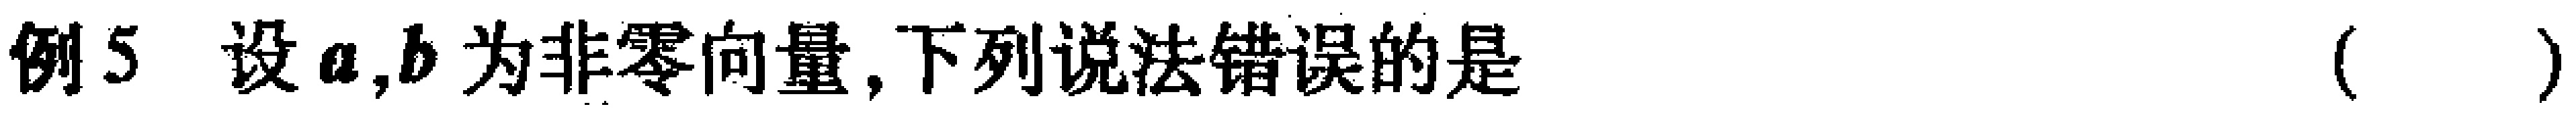
例5 设$\boldsymbol{a},\boldsymbol{b}$为非零向量,下列说法错误的是（  ）